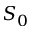
S _ { 0 }